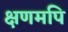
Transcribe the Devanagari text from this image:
क्षणमपि